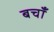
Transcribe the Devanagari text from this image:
बचाँ